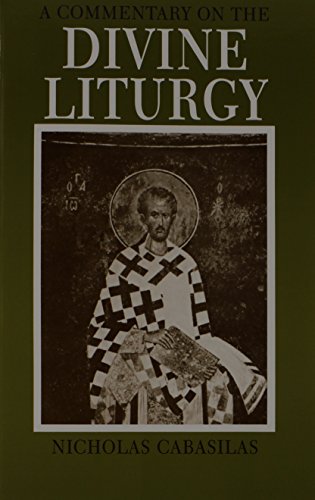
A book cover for A Commentary on the Divine Liturgy; Nicholas Cabasilas; Christian Books & Bibles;